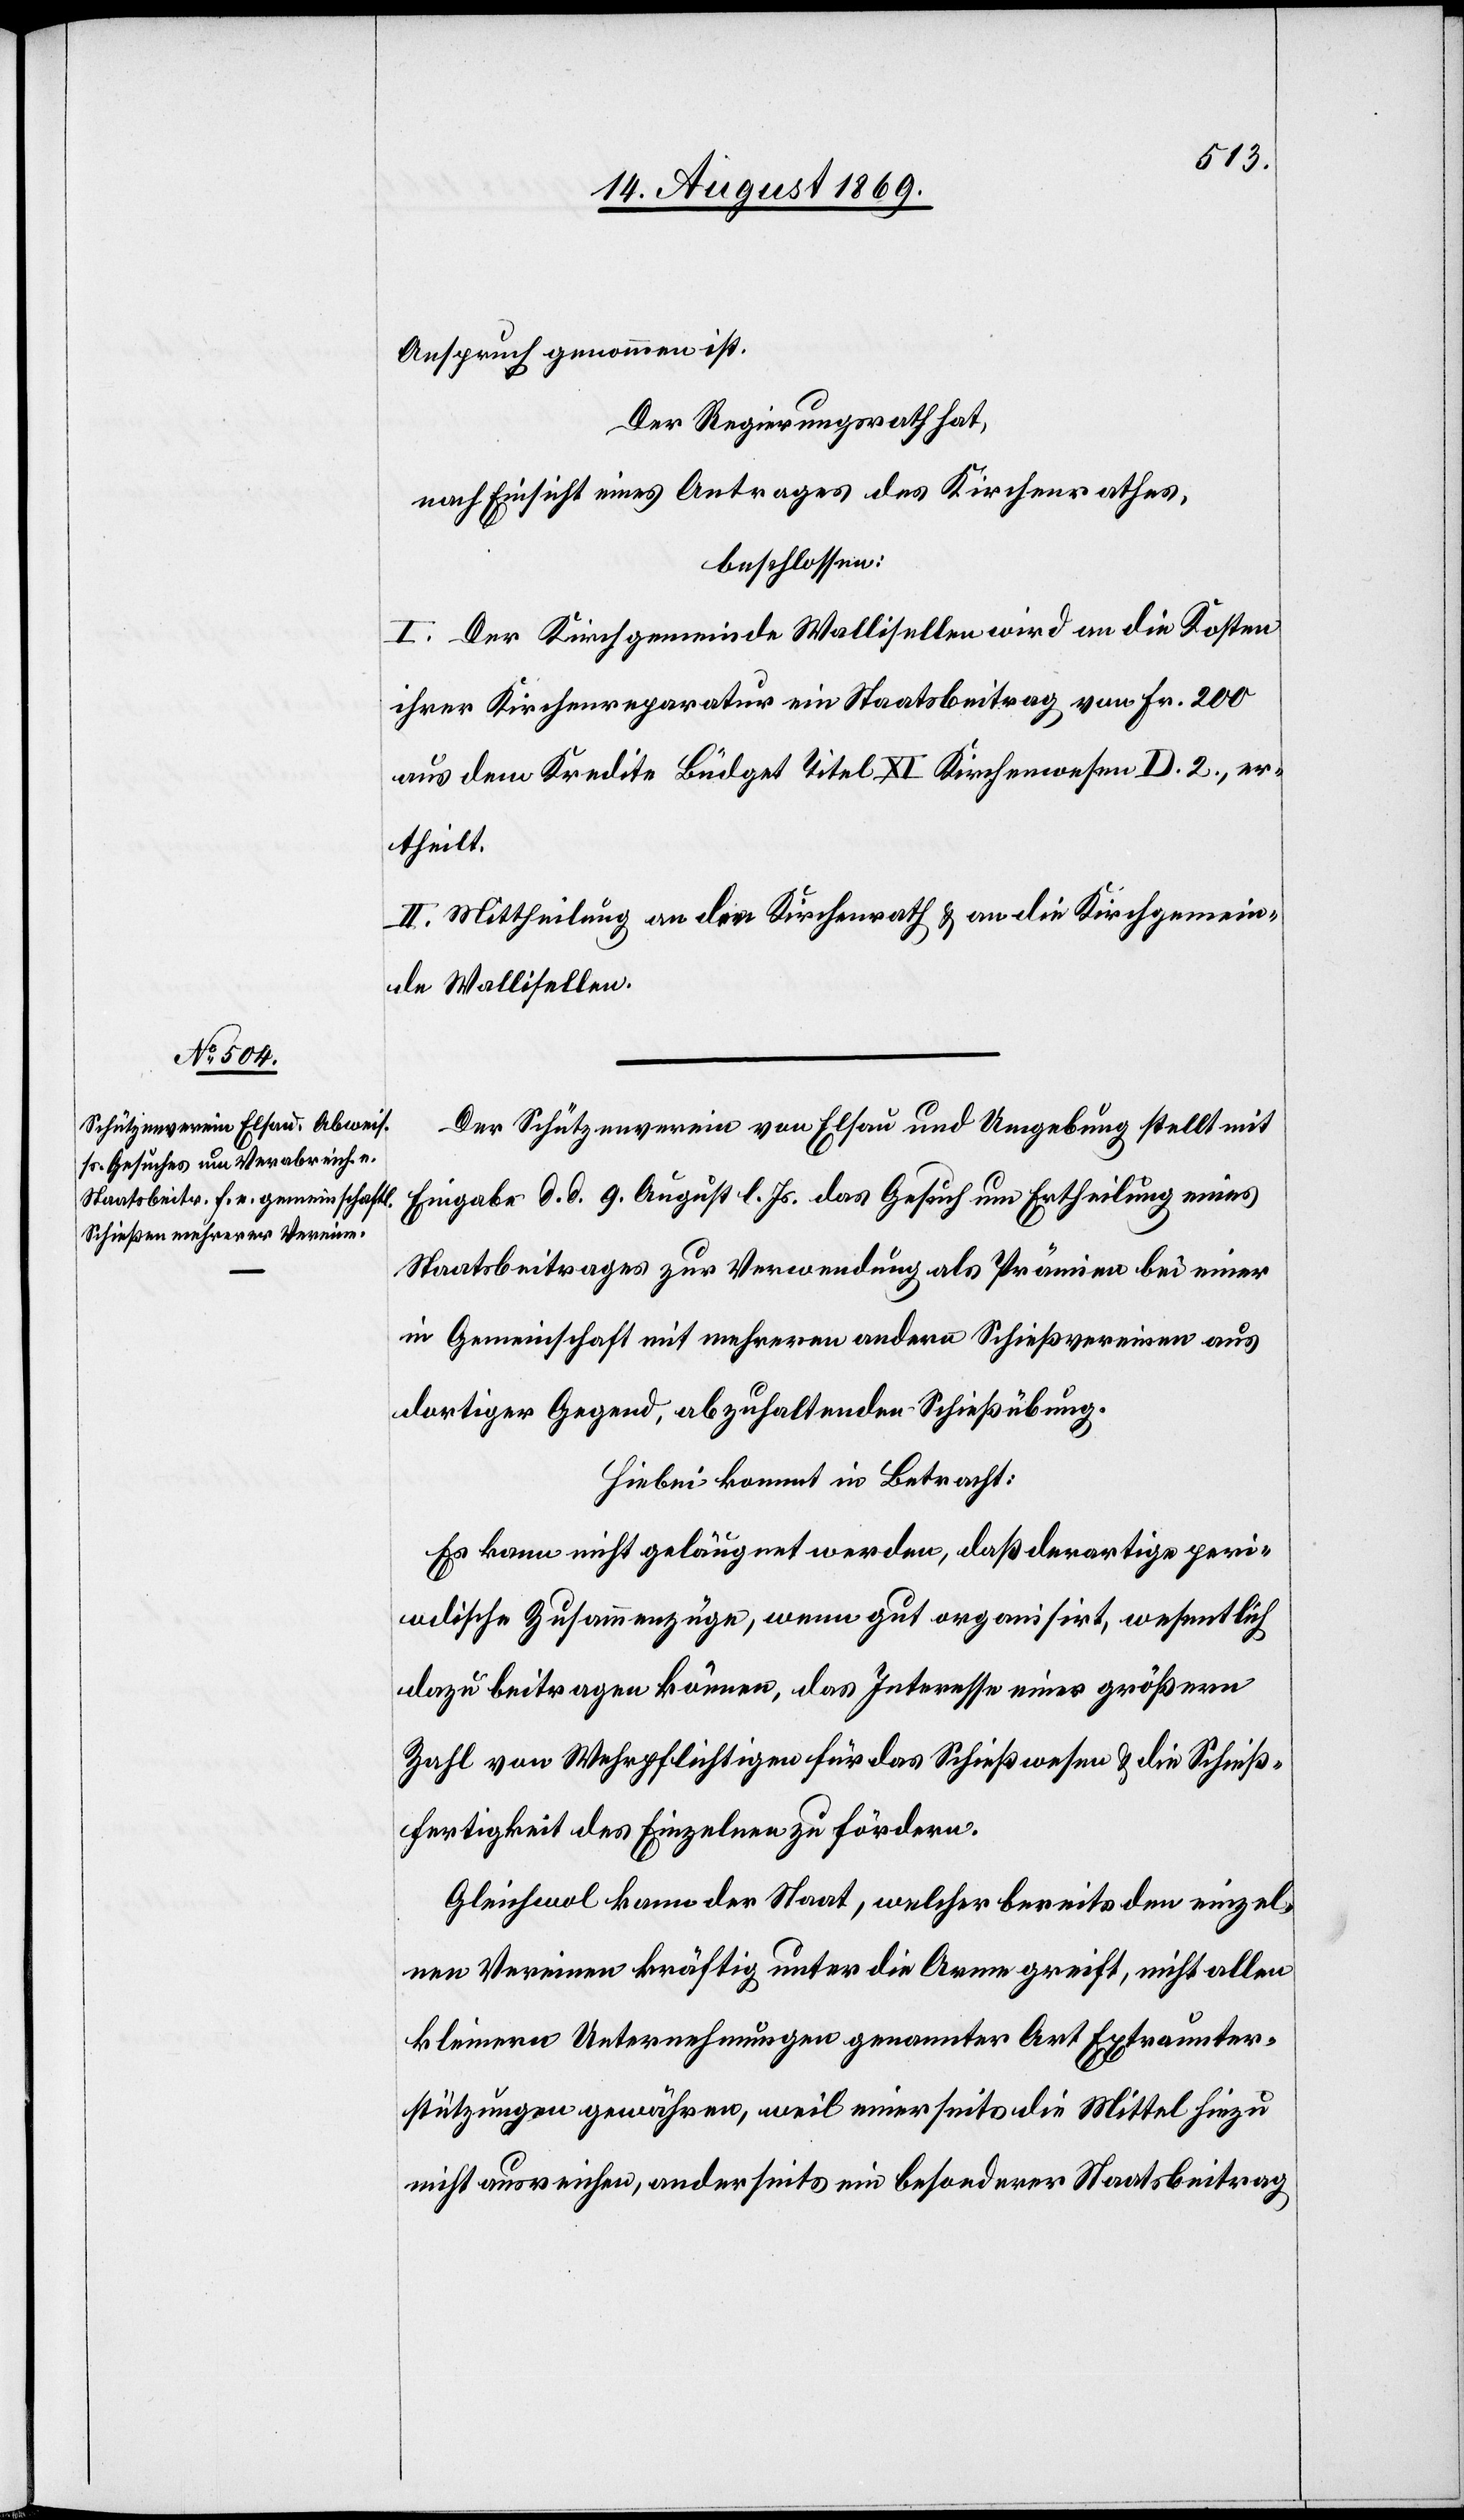
Anspruch genommen ist.
Der Regierungsrath hat,
nach Einsicht eines Antrages des Kirchenrathes,
beschlossen:
I. Der Kirchgemeinde Wallisellen wird an die Kosten
ihrer Kirchenreparatur ein Staatsbeitrag von Fr. 200
aus dem Kredite Büdget Titel XI Kirchenwesen D. 2., er¬
theilt.
II. Mittheilung an den Kirchenrath & an die Kirchgemein¬
de Wallisellen.
Der Schützenverein von Elsau und Umgebung stellt mit
Eingabe d. d. 9. August l. Js. das Gesuch um Ertheilung eines
Staatsbeitrages zur Verwendung als Prämien bei einer
in Gemeinschaft mit mehreren andern Schießvereinen aus
dortiger Gegend, abzuhaltenden Schießübung.
Hiebei kommt in Betracht:
Es kann nicht geläugnet werden, daß derartige peri¬
odische Zusammenzüge, wenn gut organisirt, wesentlich
dazu beitragen können, das Interesse einer größern
Zahl von Wehrpflichtigen für das Schießwesen & die Schieß¬
fertigkeit des Einzelnen zu fördern.
Gleichwol kann der Staat, welcher bereits den einzel¬
nen Vereinen kräftig unter die Arme greift, nicht allen
kleinern Unternehmungen genannter Art Extraunter¬
stützungen gewähren, weil einerseits die Mittel hiezu
nicht ausreichen, anderseits ein besonderer Staatsbeitrag